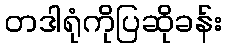
တဒါရုံကိုပြဆိုခန်း